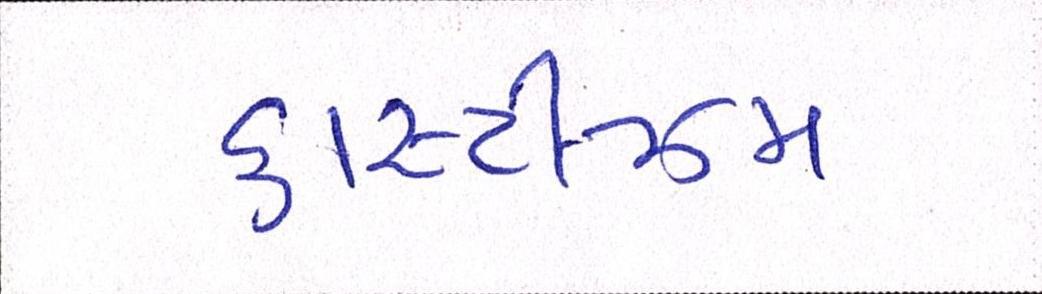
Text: કાસ્ટીઝમ